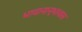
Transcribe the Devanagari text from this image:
भावानानूभावास